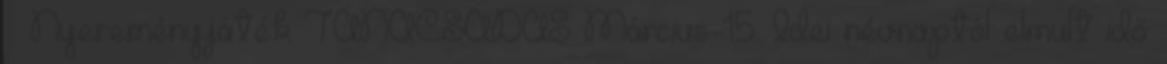
» Nyereményjáték TANÁCSADÁS Március 15. Idei névnaptól elmult idő: